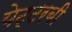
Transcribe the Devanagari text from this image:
येट्टरबी